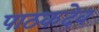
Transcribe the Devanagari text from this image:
पाठकदेव